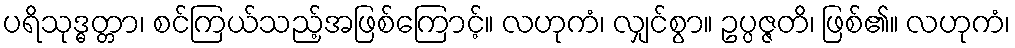
ပရိသုဒ္ဓတ္တာ၊ စင်ကြယ်သည့်အဖြစ်ကြောင့်။ လဟုကံ၊ လျှင်စွာ။ ဥပ္ပဇ္ဇတိ၊ ဖြစ်၏။ လဟုကံ၊